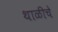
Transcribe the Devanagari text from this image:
थाळीचे